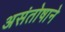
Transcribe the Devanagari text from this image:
असंतोषाने